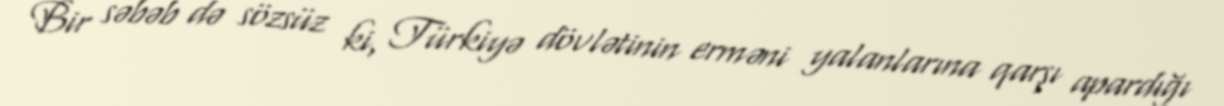
Bir səbəb də sözsüz ki, Türkiyə dövlətinin erməni yalanlarına qarşı apardığı